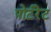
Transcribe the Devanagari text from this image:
पोर्टरेट